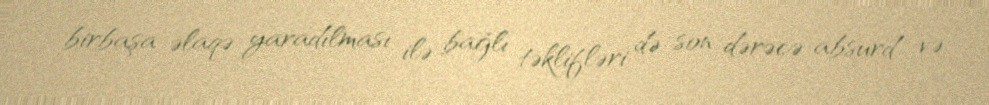
birbaşa əlaqə yaradılması ilə bağlı təklifləri də son dərəcə absurd və